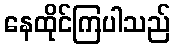
နေထိုင်ကြပါသည်